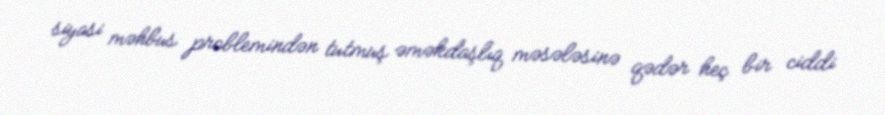
siyasi məhbus problemindən tutmuş əməkdaşlıq məsələsinə qədər heç bir ciddi